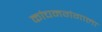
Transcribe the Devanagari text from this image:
कांचनगंगाला